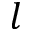
l